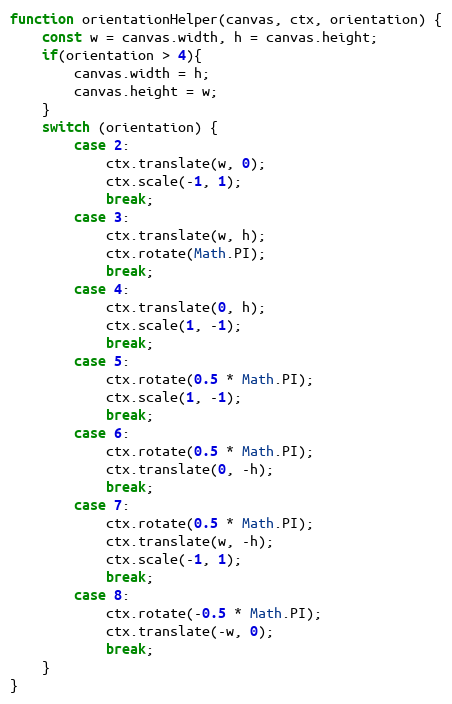
Language: JavaScript
function orientationHelper(canvas, ctx, orientation) {
    const w = canvas.width, h = canvas.height;
    if(orientation > 4){
        canvas.width = h;
        canvas.height = w;
    }
    switch (orientation) {
        case 2:
            ctx.translate(w, 0);
            ctx.scale(-1, 1);
            break;
        case 3:
            ctx.translate(w, h);
            ctx.rotate(Math.PI);
            break;
        case 4:
            ctx.translate(0, h);
            ctx.scale(1, -1);
            break;
        case 5:
            ctx.rotate(0.5 * Math.PI);
            ctx.scale(1, -1);
            break;
        case 6:
            ctx.rotate(0.5 * Math.PI);
            ctx.translate(0, -h);
            break;
        case 7:
            ctx.rotate(0.5 * Math.PI);
            ctx.translate(w, -h);
            ctx.scale(-1, 1);
            break;
        case 8:
            ctx.rotate(-0.5 * Math.PI);
            ctx.translate(-w, 0);
            break;
    }
}